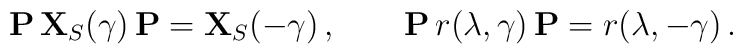
{\bf P} \, {\bf X}_S(\gamma) \, {\bf P} = {\bf X}_S(-\gamma) \,, \qquad {\bf P} \, r(\lambda,\gamma) \,{\bf P} = r(\lambda,-\gamma) \,.